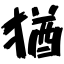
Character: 猶